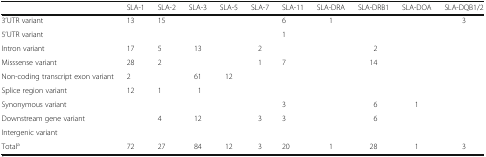
<table><thead><tr><td></td><td><b>SLA-1</b></td><td><b>SLA-2</b></td><td><b>SLA-3</b></td><td><b>SLA-5</b></td><td><b>SLA-7</b></td><td><b>SLA-11</b></td><td><b>SLA-DRA</b></td><td><b>SLA-DRB1</b></td><td><b>SLA-DOA</b></td><td><b>SLA-DQB1/2</b></td></tr></thead><tbody><tr><td>3’UTR variant</td><td>13</td><td>15</td><td></td><td></td><td></td><td>6</td><td>1</td><td></td><td></td><td>3</td></tr><tr><td>5’UTR variant</td><td></td><td></td><td></td><td></td><td></td><td>1</td><td></td><td></td><td></td><td></td></tr><tr><td>Intron variant</td><td>17</td><td>5</td><td>13</td><td></td><td>2</td><td></td><td></td><td>2</td><td></td><td></td></tr><tr><td>Misssense variant</td><td>28</td><td>2</td><td></td><td></td><td>1</td><td>7</td><td></td><td>14</td><td></td><td></td></tr><tr><td>Non-coding transcript exon variant</td><td>2</td><td></td><td>61</td><td>12</td><td></td><td></td><td></td><td></td><td></td><td></td></tr><tr><td>Splice region variant</td><td>12</td><td>1</td><td>1</td><td></td><td></td><td></td><td></td><td></td><td></td><td></td></tr><tr><td>Synonymous variant</td><td></td><td></td><td></td><td></td><td></td><td>3</td><td></td><td>6</td><td>1</td><td></td></tr><tr><td>Downstream gene variant</td><td></td><td>4</td><td>12</td><td></td><td>3</td><td>3</td><td></td><td>6</td><td></td><td></td></tr><tr><td>Intergenic variant</td><td></td><td></td><td></td><td></td><td></td><td></td><td></td><td></td><td></td><td></td></tr><tr><td>Total<sup>a</sup></td><td>72</td><td>27</td><td>84</td><td>12</td><td>3</td><td>20</td><td>1</td><td>28</td><td>1</td><td>3</td></tr></tbody></table>